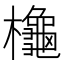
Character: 櫷